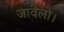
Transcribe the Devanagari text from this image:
जावैलो।